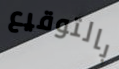
بالتوقيع